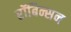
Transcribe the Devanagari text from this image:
रॉबिन्सन